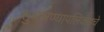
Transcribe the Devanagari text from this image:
सुधारण्यापलिकडचे